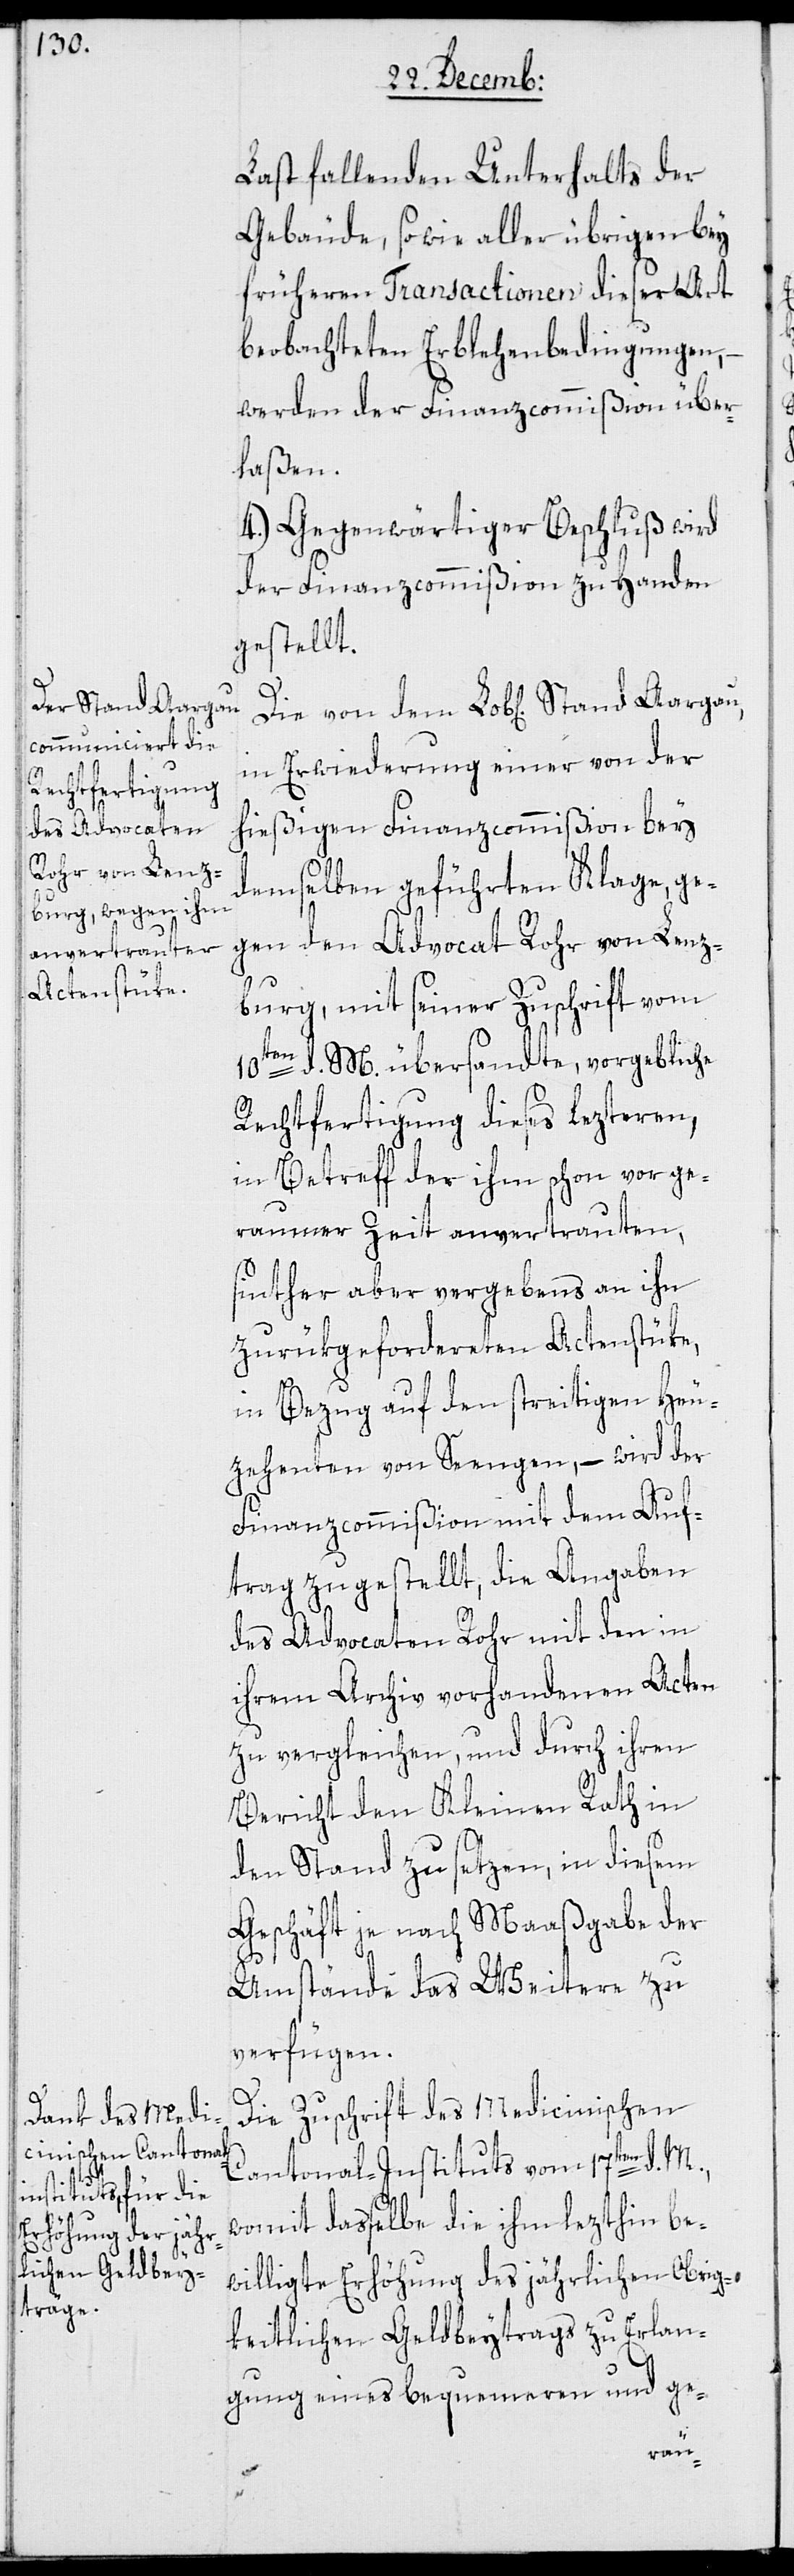
Stand Aargau,

Last fallenden Unterhalts der
Gebäude, sowie aller übrigen bey
früheren Transactionen dieser Art
beobachteten Erblehenbedingungen, –
werden der Finanzcommißion über¬
laßen.
4.) Gegenwärtiger Beschluß wird
der Finanzcommißion zu Handen
gestellt.
in Erwiderung einer von der
hießigen Finanzcommißion bey
demselben geführten Klage, ge¬
gen den Advocat Rohr von Lenz¬
burg, mit seiner Zuschrift vom
10ten d. M. übersandte, vorgebliche
Rechtfertigung dieses Lezteren,
in Betreff der ihm schon vor ge¬
raumer Zeit anvertrauten,
sinther aber vergebens an ihn
zurükgeforderten Actenstüke,
in Bezug auf den streitigen Heu¬
zehnten von Seengen, – wird der
Finanzcommißion mit dem Auf¬
trag zugestellt, die Angaben
des Advocaten Rohr mit den in
ihrem Archiv vorhandenen Acten
zu vergleichen, und durch ihren
Bericht den Kleinen Rath in
den Stand zu setzen, in diesem
Geschäft je nach Maaßgabe der
Die
Umstände das Weitere zu
verfügen.
Die Zuschrift des Medicinischen
Cantonal-Instituts vom 17ten d. M.,
womit dasselbe die ihm lezthin be¬
willigte Erhöhung des jährlichen Obrig¬
keitlichen Geldbeytrags zu Erlan¬
gung eines bequemeren und ge-
von